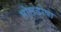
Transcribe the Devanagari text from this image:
मोलडोवा